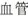
血管